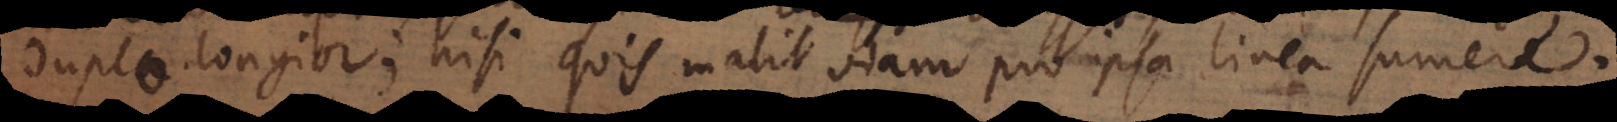
duplo longior; nisi quis malit viam pro ipsa linea sumere.